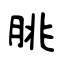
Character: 朓